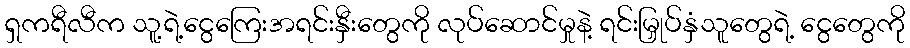
ရှကရီလီက သူ့ရဲ့ငွေကြေးအရင်းနှီးတွေကို လုပ်ဆောင်မှုနဲ့ ရင်းမြှုပ်နှံသူတွေရဲ့ ငွေတွေကို